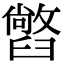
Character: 𦦢